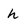
Character: h